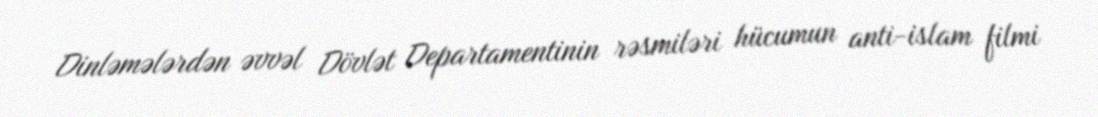
Dinləmələrdən əvvəl Dövlət Departamentinin rəsmiləri hücumun anti-islam filmi